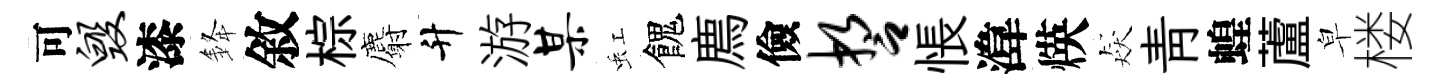
可毁漆𨦟敘棕麝升游某虹餽廌儉誓悵湋煐猋靑蝗蘆皁楼